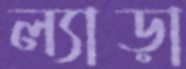
ল্যাড়া